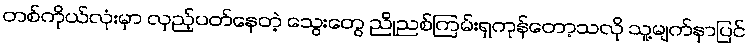
တစ်ကိုယ်လုံးမှာ လှည့်ပတ်နေတဲ့ သွေးတွေ ညိုညစ်ကြမ်းရှကုန်တော့သလို သူ့မျက်နှာပြင်